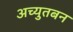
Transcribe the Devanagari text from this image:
अच्युतबन